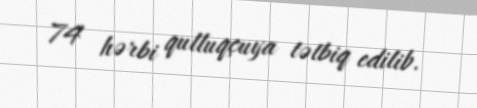
74 hərbi qulluqçuya tətbiq edilib.